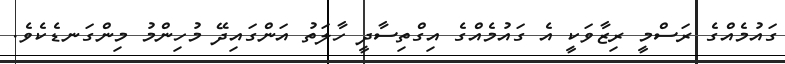
ގައުމެއްގެ ރަސްމީ ރިޒާވަކީ އެ ގައުމެއްގެ އިގްތިސާދީ ހާލަތު އަންގައިދޭ މުހިންމު މިންގަނޑެކެވެ.